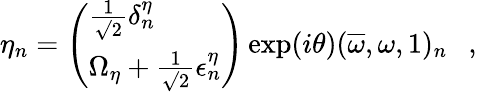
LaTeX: \eta_{n}=\left(\begin{array}{l}{{{\frac{1}{\surd 2}}\delta_{n}^{\eta}}}\\ {{\Omega_{\eta}+{\frac{1}{\surd 2}}\epsilon_{n}^{\eta}}}\end{array}\right)\exp(i\theta)(\overline{{\omega}},\omega,1)_{n}~~~,